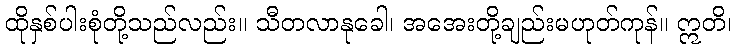
ထိုနှစ်ပါးစုံတို့သည်လည်း။ သီတလာနုခေါ၊ အအေးတို့ချည်းမဟုတ်ကုန်။ ဣတိ၊